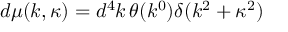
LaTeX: d \mu ( k , \kappa ) = d ^ { 4 } k \, \theta ( k ^ { 0 } ) \delta ( k ^ { 2 } + \kappa ^ { 2 } )